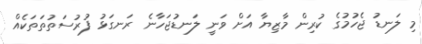
މި ލަނޑު ޖެހުމުގެ ކުރިން މާޒިޔާ އަށް ވަނީ ލަނޑުޖަހާނެ ރަނގަޅު ފުރުސަތުތަތަކެއް